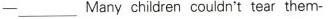
——___ Many children couldn't tear them-